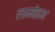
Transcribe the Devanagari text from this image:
लामोइन